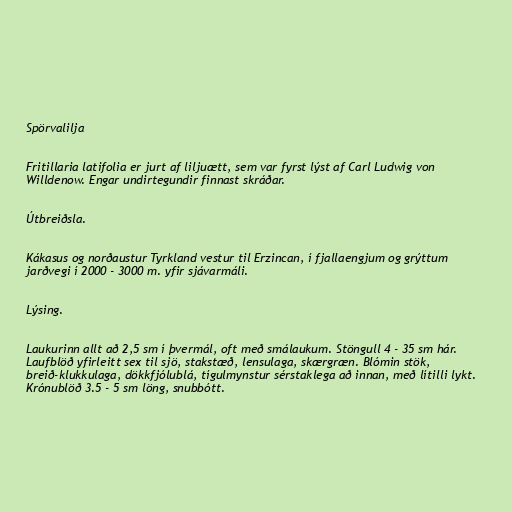
Spörvalilja

Fritillaria latifolia er jurt af liljuætt, sem var fyrst lýst af Carl Ludwig von
Willdenow. Engar undirtegundir finnast skráðar.

Útbreiðsla.

Kákasus og norðaustur Tyrkland vestur til Erzincan, í fjallaengjum og grýttum
jarðvegi í 2000 - 3000 m. yfir sjávarmáli.

Lýsing.

Laukurinn allt að 2,5 sm í þvermál, oft með smálaukum. Stöngull 4 - 35 sm hár.
Laufblöð yfirleitt sex til sjö, stakstæð, lensulaga, skærgræn. Blómin stök,
breið-klukkulaga, dökkfjólublá, tígulmynstur sérstaklega að innan, með lítilli lykt.
Krónublöð 3.5 - 5 sm löng, snubbótt.